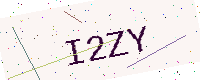
Text: I2ZY